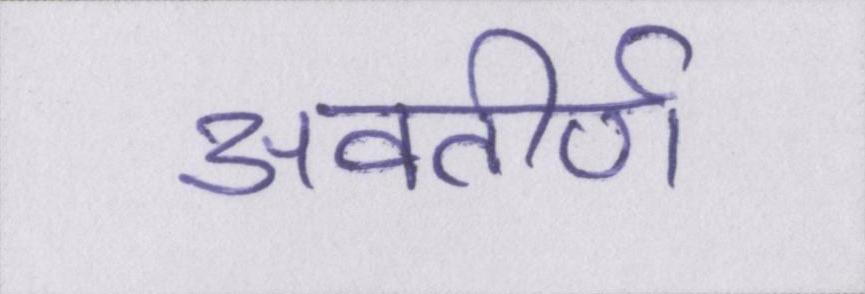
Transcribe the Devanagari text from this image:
अवतीर्ण